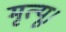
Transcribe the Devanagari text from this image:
मृत्यू।